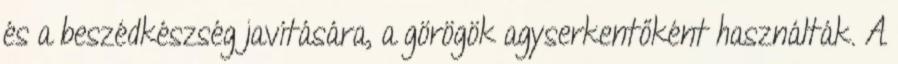
és a beszédkészség javítására, a görögök agyserkentőként használták. A